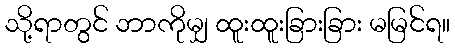
သို့ရာတွင် ဘာကိုမျှ ထူးထူးခြားခြား မမြင်ရ။